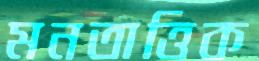
মনতাত্তিক